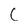
Character: C